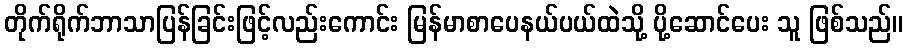
တိုက်ရိုက်ဘာသာပြန်ခြင်းဖြင့်လည်းကောင်း မြန်မာစာပေနယ်ပယ်ထဲသို့ ပို့ဆောင်ပေး သူ ဖြစ်သည်။